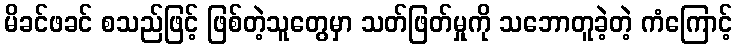
မိခင်ဖခင် စသည်ဖြင့် ဖြစ်တဲ့သူတွေမှာ သတ်ဖြတ်မှုကို သဘောတူခဲ့တဲ့ ကံကြောင့်